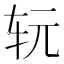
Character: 𰹷